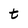
Character: t